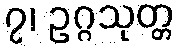
၇၊ ဥဂ္ဂသုတ္တ